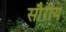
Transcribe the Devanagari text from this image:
सौरीय